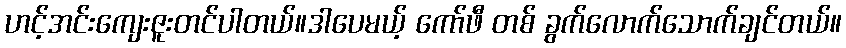
ဟင့်အင်းကျေးဇူးတင်ပါတယ်။ဒါပေမယ့် ကော်ဖီ တစ် ခွက်လောက်သောက်ချင်တယ်။